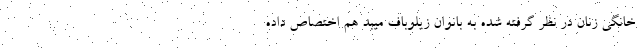
خانگی زنان در نظر گرفته شده به بانوان زیلوباف میبد هم اختصاص داده